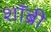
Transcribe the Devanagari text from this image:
शाँब्री